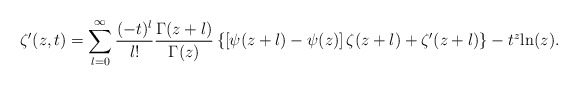
\begin{align*}\zeta'(z,t)=\sum_{l=0}^\infty\frac{(-t)^l}{l!}\frac{\Gamma(z+l)}{\Gamma(z)}\left\{\left[\psi(z+l)-\psi(z)\right]\zeta(z+l)+\zeta'(z+l)\right\}-t^z {\rm ln}(z).\end{align*}